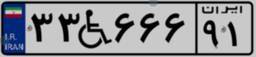
۳۳W۶۶۶۹۱